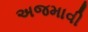
અજમાવી